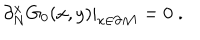
LaTeX: \partial _ { N } ^ { x } G _ { 0 } ( x , y ) | _ { x \in { \partial { \cal M } } } = 0 \; .